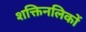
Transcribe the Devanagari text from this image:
शक्तिनलिकों